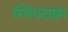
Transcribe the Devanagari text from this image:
स्विंगटाइम